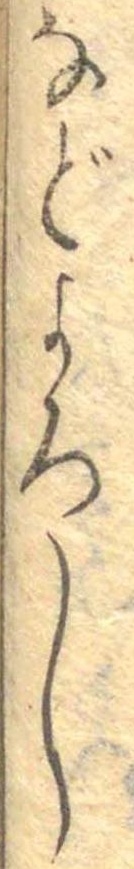
などよろし